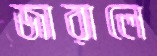
জারালে